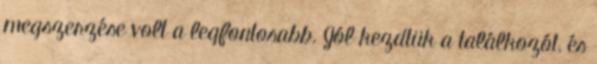
megszerzése volt a legfontosabb. Jól kezdtük a találkozót, és